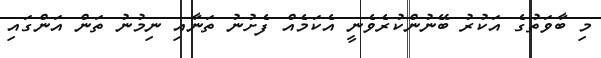
މި ބާވަތުގެ އަކުރު ބޭނުންކުރެވެނީ އެކަމެއް ފެށުނު ތަނާއި ނިމުނު ތަން އަންގައި